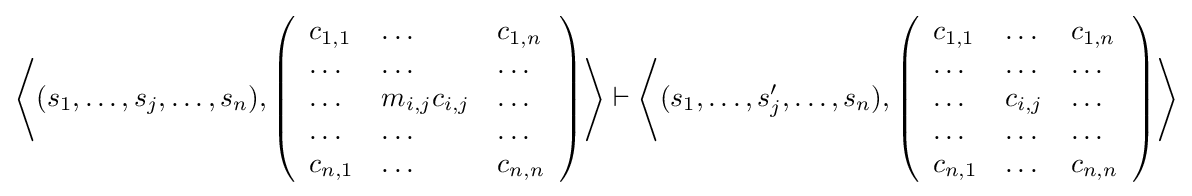
\left\langle (s_{1},\dots ,s_{j},\dots ,s_{n}),\left({\begin{array}{lll}c_{1,1}&\dots &c_{1,n}\\\dots &\dots &\dots \\\dots &m_{i,j}c_{i,j}&\dots \\\dots &\dots &\dots \\c_{n,1}&\dots &c_{n,n}\end{array}}\right)\right\rangle \vdash \left\langle (s_{1},\dots ,s'_{j},\dots ,s_{n}),\left({\begin{array}{lll}c_{1,1}&\dots &c_{1,n}\\\dots &\dots &\dots \\\dots &c_{i,j}&\dots \\\dots &\dots &\dots \\c_{n,1}&\dots &c_{n,n}\end{array}}\right)\right\rangle